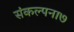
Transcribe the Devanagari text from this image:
संकल्पना७